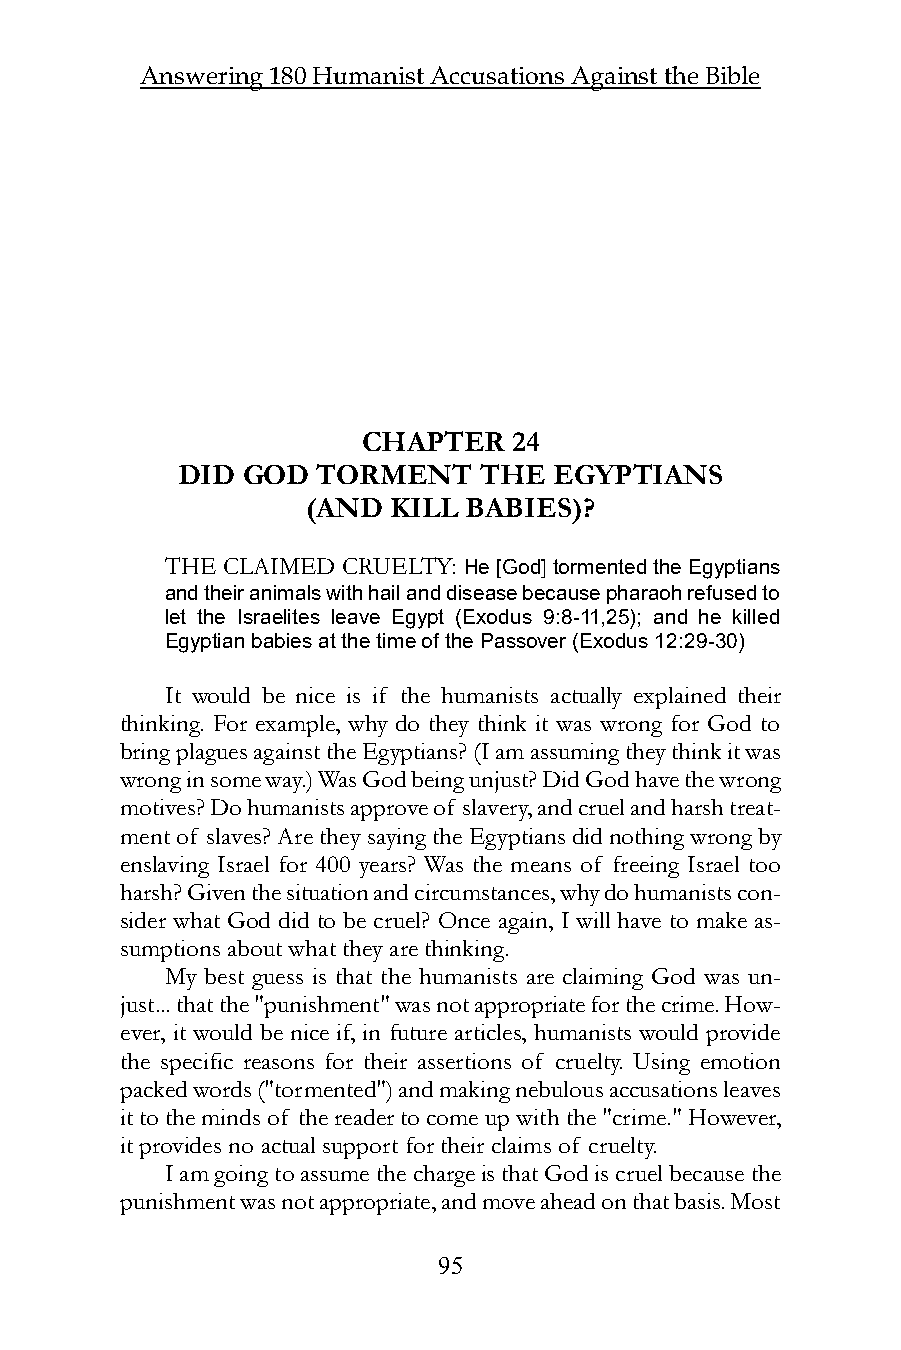
Answering 180 Humanist Accusations Against the Bible
 CHAPTER   24
 DID GOD  TORMENT    THE  EGYPTIANS
 (AND  KILL BABIES)?
 THE CLAIMED CRUELTY: He [God] tormented the Egyptians
 and their animals with hail and disease because pharaoh refused to
 let the Israelites leave Egypt (Exodus 9:8-11,25); and he killed
 Egyptian babies at the time of the Passover (Exodus 12:29-30)
 It would be nice is if the humanists actually explained their
 thinking. For example, why do they think it was wrong for God to
 bring plagues against the Egyptians? (I am assuming they think it was
 wrong in some way.) Was God being unjust? Did God have the wrong
 motives? Do humanists approve of slavery, and cruel and harsh treat-
 ment of slaves? Are they saying the Egyptians did nothing wrong by
 enslaving Israel for 400 years? Was the means of freeing Israel too
 harsh? Given the situation and circumstances, why do humanists con-
 sider what God did to be cruel? Once again, I will have to make as-
 sumptions about what they are thinking.
 My best guess is that the humanists are claiming God was un-
 just... that the "punishment" was not appropriate for the crime. How-
 ever, it would be nice if, in future articles, humanists would provide
 the specific reasons for their assertions of cruelty. Using emotion
 packed words ("tormented") and making nebulous accusations leaves
 it to the minds of the reader to come up with the "crime." However,
 it provides no actual support for their claims of cruelty.
 I am going to assume the charge is that God is cruel because the
 punishment was not appropriate, and move ahead on that basis. Most
 95